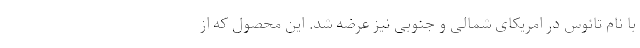
با نام تائوس در امریکای شمالی و جنوبی نیز عرضه شد. این محصول که از